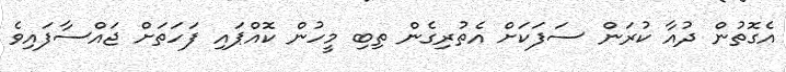
އެގޮތުން ދުއާ ކުރަން ސަފަކަށް އެތުރިގެން ތިބި މީހުން ކޮއްޕައި ފަހަތަށް ޖައްސާފައިވެ